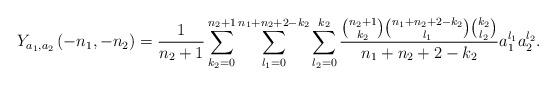
LaTeX: \begin{align*}Y_{a_{1},a_{2}}\left(-n_{1},-n_{2}\right)=\frac{1}{n_{2}+1}\sum_{k_{2}=0}^{n_{2}+1}\sum_{l_{1}=0}^{n_{1}+n_{2}+2-k_{2}}\sum_{l_{2}=0}^{k_{2}}\frac{\binom{n_{2}+1}{k_{2}}\binom{n_{1}+n_{2}+2-k_{2}}{l_{1}}\binom{k_{2}}{l_{2}}}{n_{1}+n_{2}+2-k_{2}}a_{1}^{l_{1}}a_{2}^{l_{2}}.\end{align*}